Leaving Certificate Examination, 1911
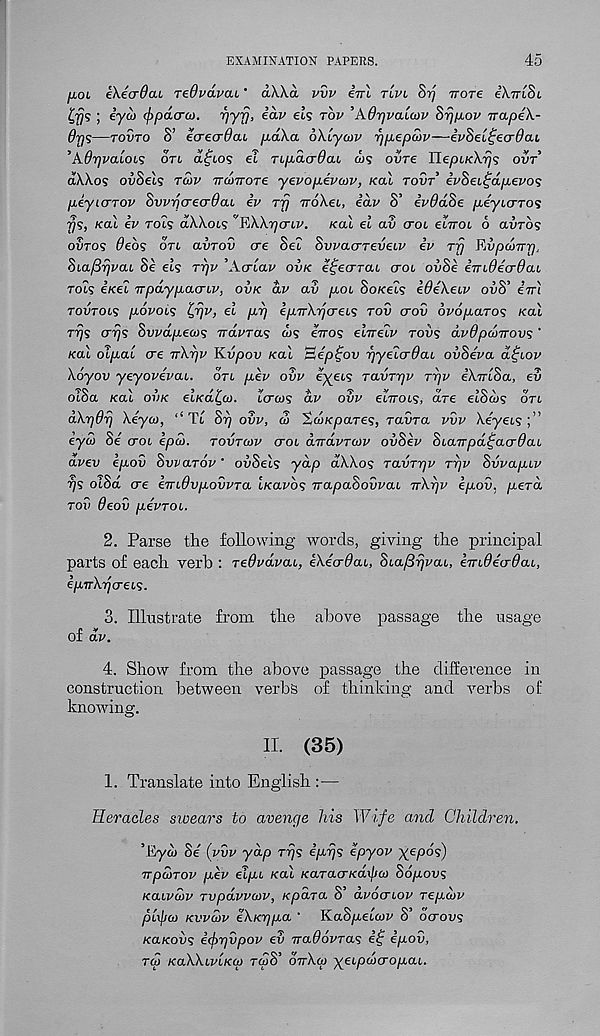
EXAMINATION PAPERS.
45
[Wi iXeadcu jedvdvai ’ dWd vvv iirl t'ivl Si] rrore iXiriSi
^?? s ; eyw (^pdcroj. pyfj, idv ets tov 'Adrjvaicov Srj/jiov napeX-
dps—tovto S’ ecrecrdcu p.d\a dXLyonf r)p,epa>v—ivSei^ecrdcu
’AdrjvaLOL? ort a^tos et Ttpacrdcu ws ovre UepLKXrjs ovt’
dWos ovSels roiv ironrore yevopevojv, Koi tovt eVSetfa/xe^o?
peyicrrov SvvpcrecrOai iv Tjj TroXet, edv S’ iv6d8e peyicrros
f/s, kou kv Tois aXXots YiWrjcnv. kol ei av crot eIttoi 6 clvtos
owtos 0eos ort avrov ere Set SwacrTevELV iv Trj Ripamp,
Siafiyjvcu Se els rr/v ’Aerlav ovk e^ecrrai crot ovSe enideerdou
rdls ixel npdypacrLv, ovk dv av pMi Sokels eOeXeiv ovS’ e’vri
Tovrois povois k,rjv, el pp epvXpcreLS tov crov ovoparos Kal
rrjs crrjs Swapecos it dvr as ojs err os elvelv tovs dvdpdnrovs '
/cat olpal ere TrXpv Kvpov Kal aep^ov pyelerdai ovSeva d^iov
Xoyov yeyovevat. oVt pev ovv eyeos ravrpv rpv eXirlSa, ev
otSa /cat ovk et/ca^w. tcra/s dv ovv eIttols, are etSais ort
dkp6rj \eya>, ‘‘Tt S17 ovv, 3> SwKpares, Tavra vvv Xeyeis ]”
eyd) Se eroi epd). tovtcov crot dwavTCov ovSev StaTTpa^acrdat
dvev epov Svvarov' ouSets yap aXXos Tavrpv rpv Svvaptv
rjs otSa ere emOvpovvTa iKavbs Trapaoovvat TrXpv epov, perd
tov 9eov pevTOt.
2. Parse the following words, giving the principal
parts of each verb : Tedvdvat, ekeerdat, Stafipvat, eTnOecrOat,
ipuXrjerets.
3. Illustrate from the above passage the usage
of dv.
4. Show from the above passage the difference in
construction between verbs of thinking and verbs of
knowing.
II. (35)
1. Translate into English :—
Heracles swears to avenge his Wife and Children,
’Eyw Se (vvv yap rps epps epyov yepos)
TrpwTov pev elpt Kal KaTaerKdxjja) Sopovs
/catfcor' Tvpdvvevv, Kpdra S’ dvoertov repkov
pixpeo Kvvcdv eXKppa ‘ KaSpeteov S’ ocrovs
KaKovs eeftpvpov ev traOovTas ef epov,
Toi KaXXivtKCt) twS’ ottXoi yeipderopat.